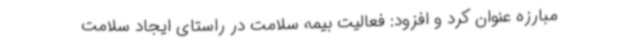
مبارزه عنوان کرد و افزود: فعالیت بیمه سلامت در راستای ایجاد سلامت